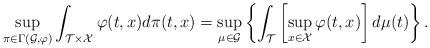
LaTeX: \begin{align*}\sup_{\pi \in \Gamma(\mathcal{G}, \varphi ) } \int_{\mathcal{T} \times \mathcal{X} } \varphi(t,x) d\pi(t,x) = \sup_{\mu \in \mathcal{G} } \left\{ \int_{\mathcal{T}} \left[ \sup_{x \in \mathcal{X} } \varphi(t,x) \right] d \mu(t) \right\} .\end{align*}